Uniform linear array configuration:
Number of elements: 4
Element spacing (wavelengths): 0.5
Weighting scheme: hann
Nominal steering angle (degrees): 0
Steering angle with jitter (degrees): -0.5787
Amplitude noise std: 0.05
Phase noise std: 0.05

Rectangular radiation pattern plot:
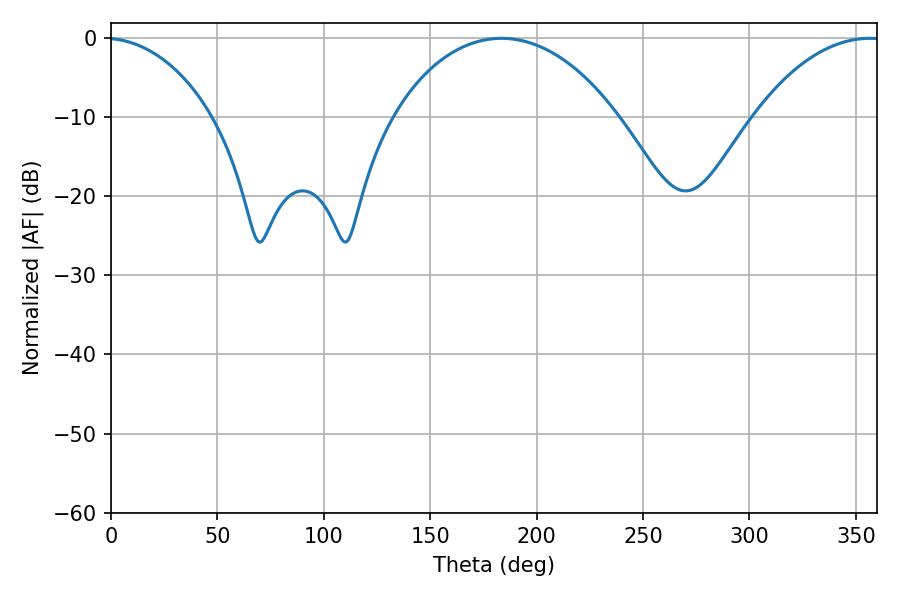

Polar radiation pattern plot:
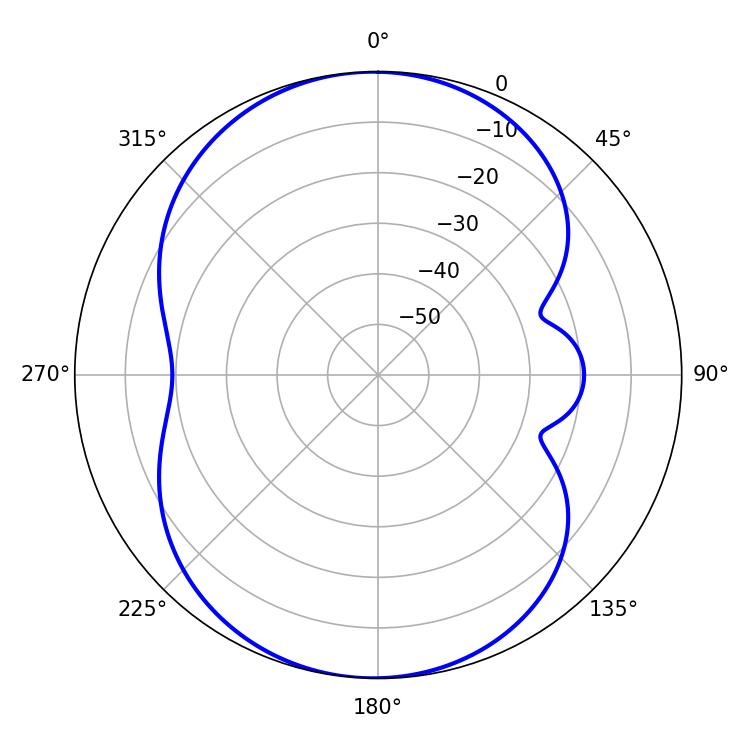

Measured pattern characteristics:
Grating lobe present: FALSE
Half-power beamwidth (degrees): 59.94
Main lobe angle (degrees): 183.42